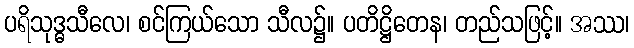
ပရိသုဒ္ဓသီလေ၊ စင်ကြယ်သော သီလ၌။ ပတိဋ္ဌိတေန၊ တည်သဖြင့်။ အဿ၊